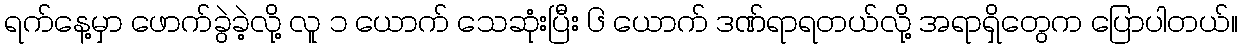
ရက်နေ့မှာ ဖောက်ခွဲခဲ့လို့ လူ ၁ ယောက် သေဆုံးပြီး ၆ ယောက် ဒဏ်ရာရတယ်လို့ အရာရှိတွေက ပြောပါတယ်။